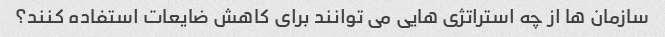
سازمان ها از چه استراتژی هایی می توانند برای کاهش ضایعات استفاده کنند؟